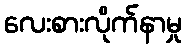
လေးစားလိုက်နာမှု